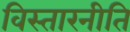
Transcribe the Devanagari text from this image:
विस्तारनीति